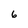
Character: 6